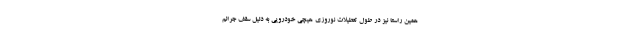
همین راستا نیز در طول تعطیلات نوروزی هیچی خودرویی به دلیل سقف جرائم